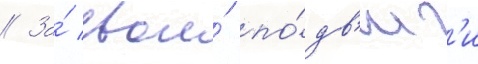
// За́ свои́ по́дв'иг'и